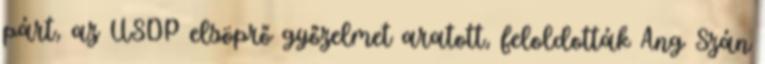
párt, az USDP elsöprő győzelmet aratott, feloldották Ang Szán